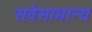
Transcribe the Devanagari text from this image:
सर्वसामान्‍य